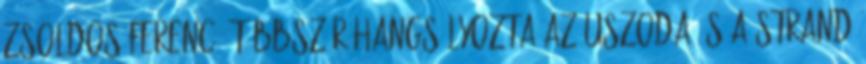
Zsoldos Ferenc: Többször hangsúlyozta az uszoda és a strand